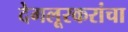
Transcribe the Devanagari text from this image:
देगलूरकरांचा